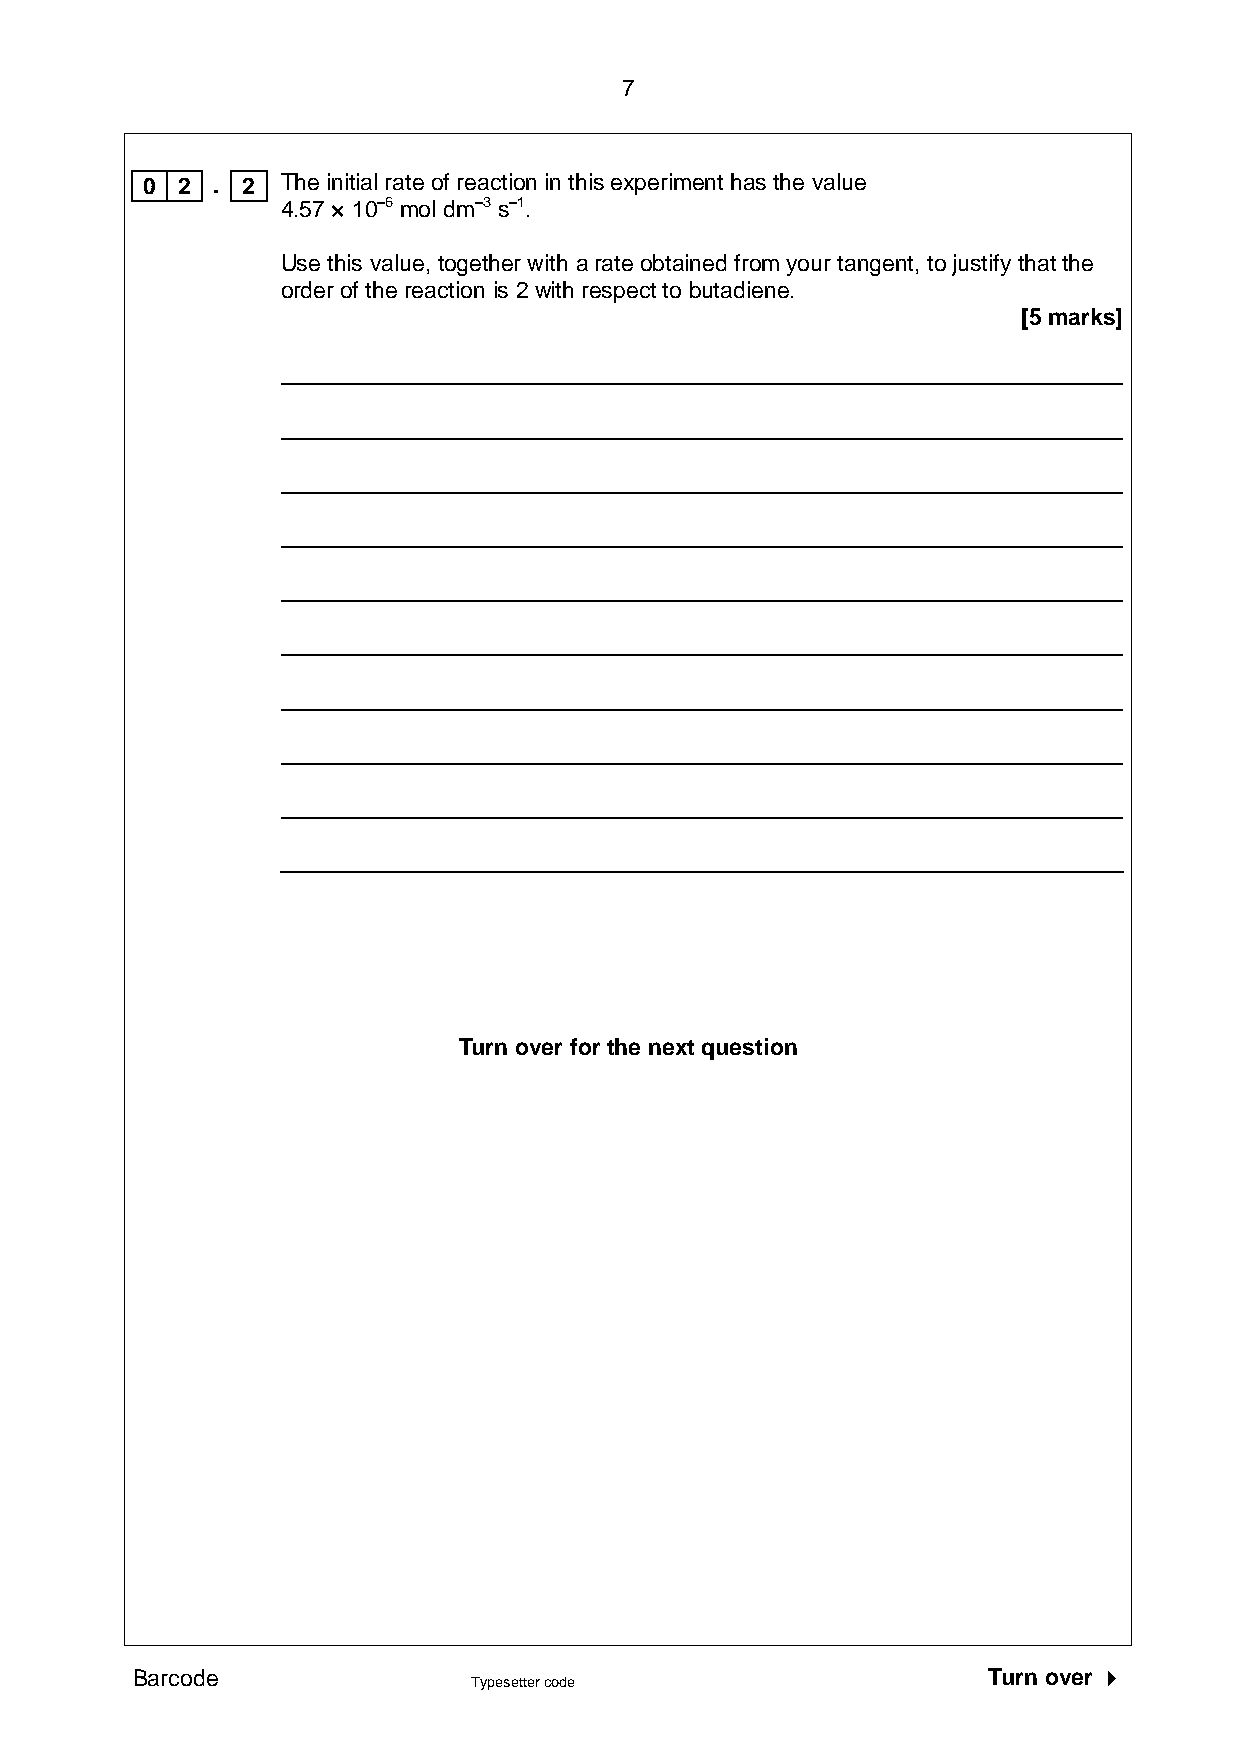
7
 0  2 . 2  The initial rate of reaction in this experiment has the value
 4.57 × 10–6 mol dm–3 s–1.
 Use this value, together with a rate obtained from your tangent, to justify that the
 order of the reaction is 2 with respect to butadiene.
 [5 marks]
 Turn over for the next question
 Barcode                                                 Turn over 
 Typesetter code